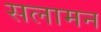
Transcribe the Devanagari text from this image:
सलामन